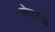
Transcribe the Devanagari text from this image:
पोएटस